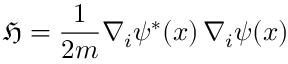
{ \mathfrak { H } } = { \frac { 1 } { 2 m } } \nabla _ { i } \psi ^ { * } ( x ) \, \nabla _ { i } \psi ( x )